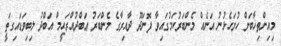
މިއިންތިޚާބަށް ހުށަހެޅުނު އަނެއް މެންބަރުކަމުގައިވާ ފޮނަދޫ ދާއިރާގެ މެންބަރު ޢަބްދުއްރަޙީމް އަބްދު ލިބިވަޑައިގަތީ